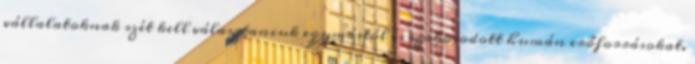
vállalatoknak szét kell választaniuk egymástól és szakosodott humán erőforrásokat.